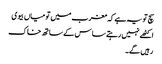
سچ تو یہ ہے کہ مغرب میں تو میاں بیوی
اکٹھے نہیں رہتے ساس کے ساتھ خاک
رہیں گے۔